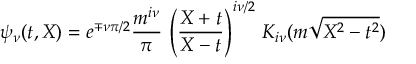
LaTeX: \psi _ { \nu } ( t , X ) = e ^ { \mp \nu \pi / 2 } \frac { m ^ { i \nu } } { \pi } \, \left( \frac { X + t } { X - t } \right) ^ { i \nu / 2 } \, K _ { i \nu } ( m \sqrt { X ^ { 2 } - t ^ { 2 } } )